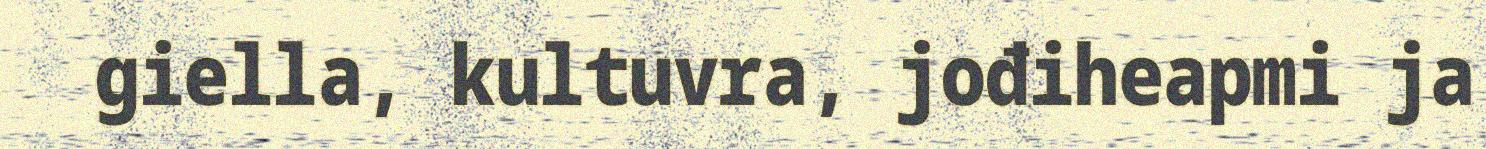
giella, kultuvra, jođiheapmi ja